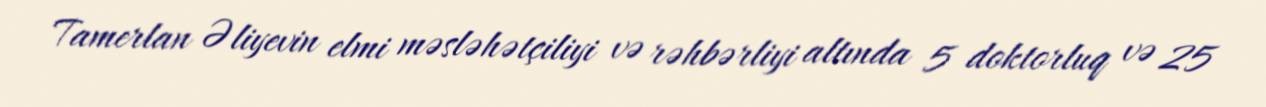
Tamerlan Əliyevin elmi məsləhətçiliyi və rəhbərliyi altında 5 doktorluq və 25